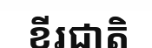
ខីរជាតិ